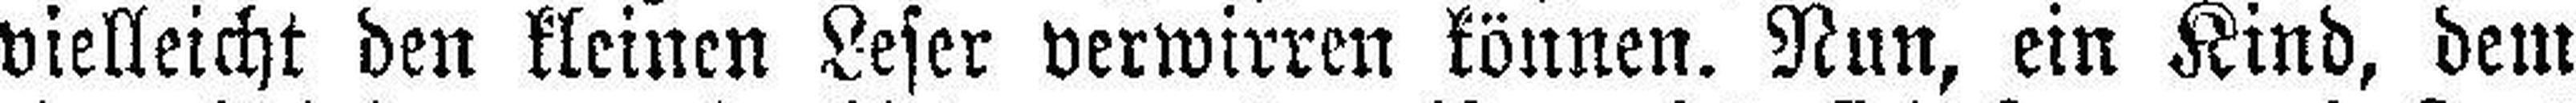
vielleicht den kleinen Leser verwirren können. Nun, ein Kind, dem